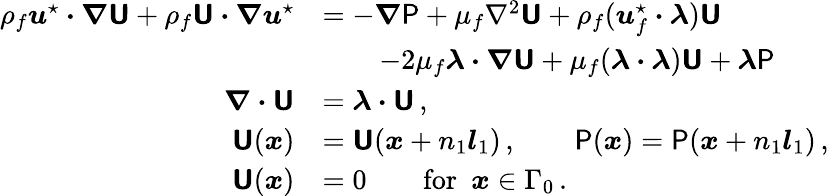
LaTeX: \begin{array}{rl}{\rho_{f}\boldsymbol{u}^{\star}\boldsymbol{\cdot}\boldsymbol{\nabla}\boldsymbol{\mathsf{U}}+\rho_{f}\boldsymbol{\mathsf{U}}\boldsymbol{\cdot}\boldsymbol{\nabla}\boldsymbol{u}^{\star}}&{=-\boldsymbol{\nabla}\mathsf{P}+\mu_{f}\nabla^{2}\boldsymbol{\mathsf{U}}+\rho_{f}(\boldsymbol{u}_{f}^{\star}\boldsymbol{\cdot}\boldsymbol{\lambda})\boldsymbol{\mathsf{U}}}\\ &{\qquad-2\mu_{f}\boldsymbol{\lambda}\boldsymbol{\cdot}\boldsymbol{\nabla}\boldsymbol{\mathsf{U}}+\mu_{f}(\boldsymbol{\lambda}\boldsymbol{\cdot}\boldsymbol{\lambda})\boldsymbol{\mathsf{U}}+\boldsymbol{\lambda}\mathsf{P}\, }\\ {\boldsymbol{\nabla}\boldsymbol{\cdot}\boldsymbol{\mathsf{U}}}&{=\boldsymbol{\lambda}\boldsymbol{\cdot}\boldsymbol{\mathsf{U}}\, ,}\\ {\boldsymbol{\mathsf{U}}(\boldsymbol{x})}&{=\boldsymbol{\mathsf{U}}(\boldsymbol{x}+n_{1}\boldsymbol{l}_{1})\, ,\qquad\mathsf{P}(\boldsymbol{x})=\mathsf{P}(\boldsymbol{x}+n_{1}\boldsymbol{l}_{1})\, ,}\\ {\boldsymbol{\mathsf{U}}(\boldsymbol{x})}&{=0\qquad\mathrm{for}~~\boldsymbol{x}\in\Gamma_{0}\, .}\end{array}